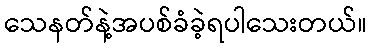
သေနတ်နဲ့အပစ်ခံခဲ့ရပါသေးတယ်။